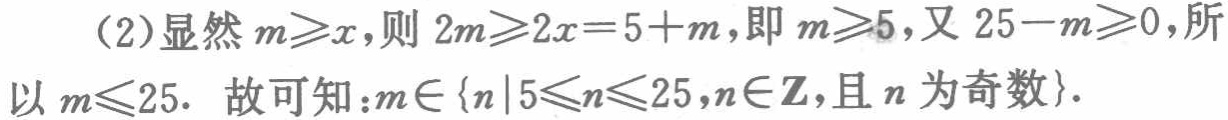
(2)显然 \(m\geqslant x\)，则 \(2m\geqslant 2x = 5 + m\)，即 \(m\geqslant 5\)，又 \(25 - m\geqslant 0\)，所以 \(m\leqslant 25\). 故可知：\(m\in \{n|5\leqslant n\leqslant 25,n\in \mathbf{Z},\text{且 }n\text{ 为奇数}\}\).